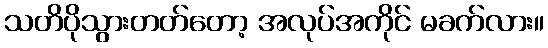
သတိပိုသွားတတ်တော့ အလုပ်အကိုင် မခက်လား။